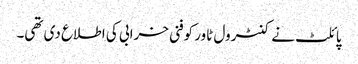
پائلٹ نے کنٹرول ٹاور کوفنی خرابی کی اطلاع دی تھی۔